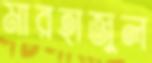
মারহাজুল